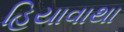
હિયાવાથા